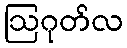
ဩဂုတ်လ